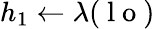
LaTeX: h_{1}\gets\lambda(\mathrm{~l~o~})